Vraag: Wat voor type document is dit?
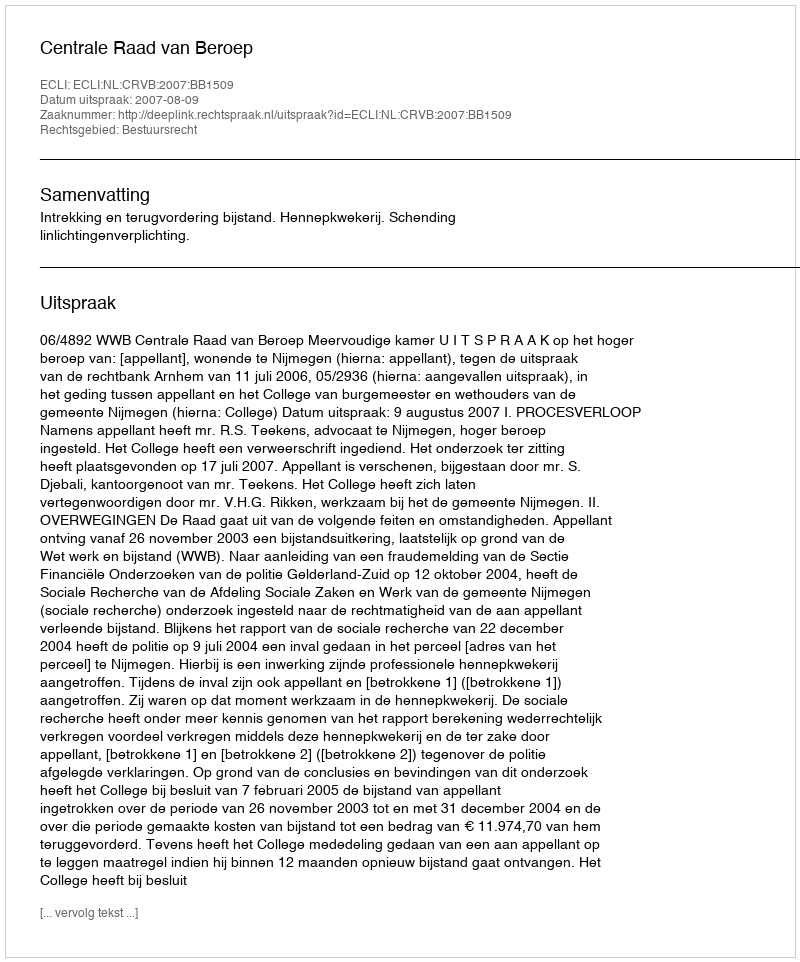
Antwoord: Uitspraak